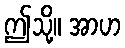
ဤသို့။ အာဟ